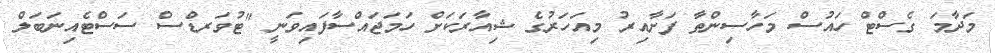
މަދާމަ ގެސްޓް ހައުސް މަހާސިންތާ ފަށާއިރު މިއަހަރުގެ ޝިއާރަކަށް ހަމަޖައްސާފައިވަނީ "ޓުވަރޑްސް ސަސްޓެއިނަބަލް